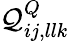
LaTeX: \mathcal{Q}_{ij,llk}^{Q}